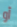
أو